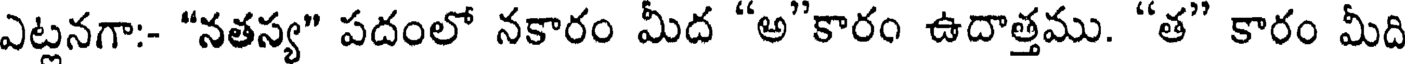
ఎట్లనగా:- "నతస్య" పదంలో నకారం మీద "అ"కారం ఉదాత్తము. "త" కారం మీది